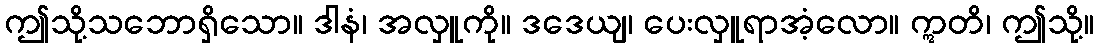
ဤသို့သဘောရှိသော။ ဒါနံ၊ အလှူကို။ ဒဒေယျ၊ ပေးလှူရာအံ့လော။ ဣတိ၊ ဤသို့။